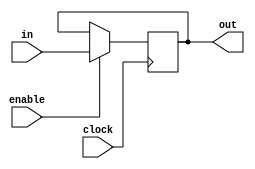
module reg9bits(in, enable, clock, out);
  input [8:0] in;
  input enable, clock;
  output reg [8:0] out;
  
  always @(posedge clock)
    if (enable)
      out <= in;
      
endmodule